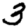
Digit: 3